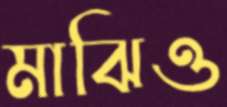
মাঝিও